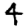
Digit: 4